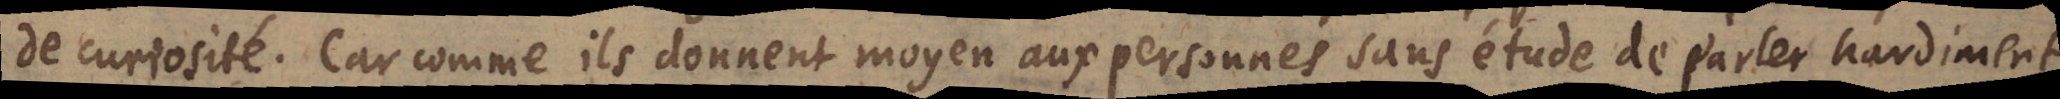
de curiosité. Car comme ils donnent moyen aux personnes sans étude de parler hardiment